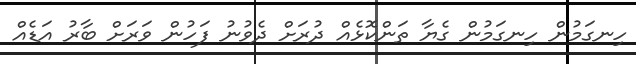
ހިނގަމުން ހިނގަމުން ގެޔާ ތަންކޮޅެއް ދުރަށް ދެވުނު ފަހުން ވަރަށް ބާރު އަޑެއް